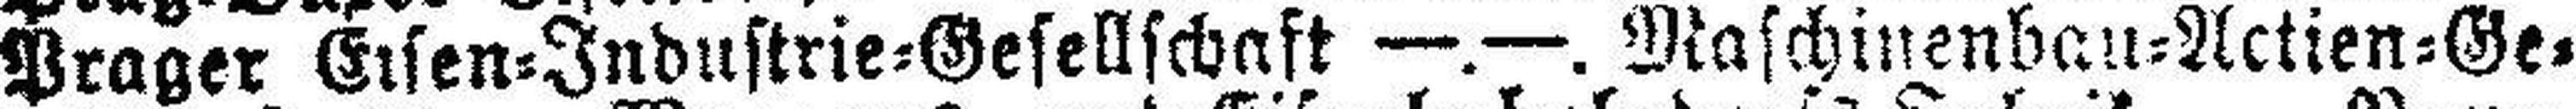
Prager Eisen=Industrie=Gesellschaft —.—. Maschinenbau=Actien=Ge¬